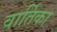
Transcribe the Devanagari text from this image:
वार्तिका